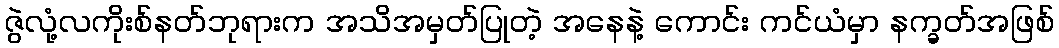
ဇွဲလုံ့လကိုးစ်နတ်ဘုရားက အသိအမှတ်ပြုတဲ့ အနေနဲ့ ကောင်း ကင်ယံမှာ နက္ခတ်အဖြစ်